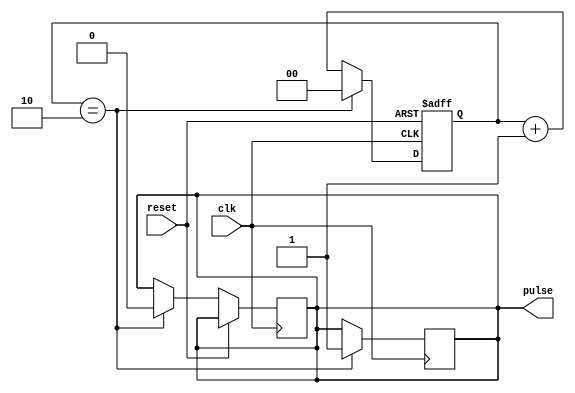
module falling_edge_pulse_generator(
    input wire clk,
    input wire reset,
    output reg pulse
);

reg [1:0] counter;
parameter DELAY = 2;

always @ (posedge clk or posedge reset)
begin
    if (reset)
        counter <= 2'b00;
    else if (counter == DELAY)
    begin
        pulse <= 1'b0;
        counter <= 2'b00;
    end
    else
        counter <= counter + 1;
end

always @ (posedge clk)
begin
    if (counter == DELAY)
        pulse <= 1'b1;
end

endmodule